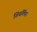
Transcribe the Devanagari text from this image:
शिवलिंगा